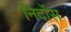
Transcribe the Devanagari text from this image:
निर्दोस